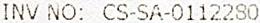
INV NO: CS-SA-0112280